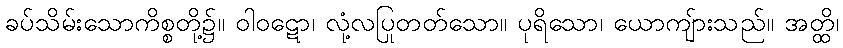
ခပ်သိမ်းသောကိစ္စတို့၌။ ဝါဝဋော၊ လုံ့လပြုတတ်သော။ ပုရိသော၊ ယောကျ်ားသည်။ အတ္ထိ၊